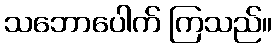
သဘောပေါက် ကြသည်။